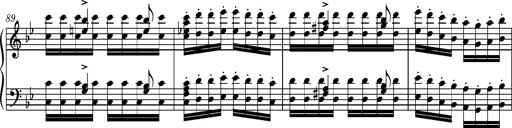
Title: Ungarische Nationalmelodien, S.243
Composer: Franz Liszt